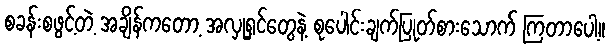
စခန်းစဖွင့်တဲ့ အချိန်ကတော့ အလှုရှင်တွေနဲ့ စုပေါင်းချက်ပြုတ်စားသောက် ကြတာပေါ့။